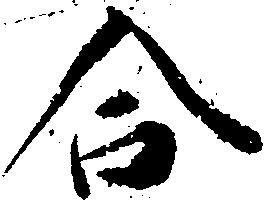
合